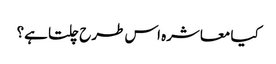
کیا معاشرہ اس طرح چلتا ہے؟